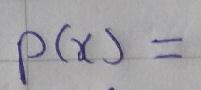
\[ p(x)= \]